Document type: Sale
Year: 1440
Scribe: Pere Pau Pujades
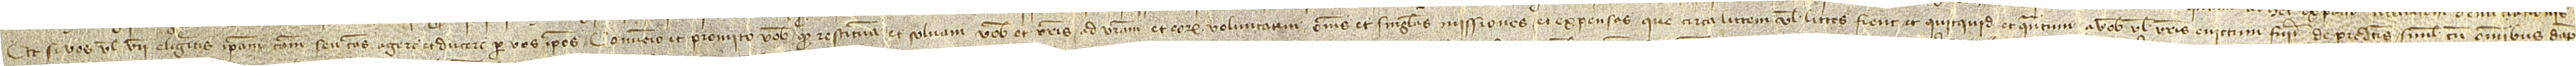
Et si vos vel vestri eligeritis ipsam causam seu causas agere et ducere per vos ipsos, convenio et promito vobis quod restituam et solvam vobis et vestris ad vestram et eorum voluntatem omnes et singulas missiones et expensas que circa littem vel litter fient et quicquid et quantum a vobis vel vestris evictum fuerit de predictis simul cum omnibus damp-